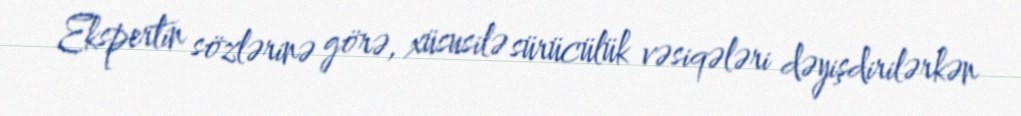
Ekspertin sözlərinə görə, xüsusilə sürücülük vəsiqələri dəyişdirilərkən